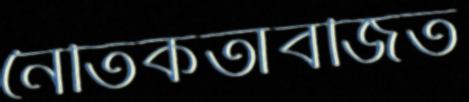
নৈতিকতাবর্জিত